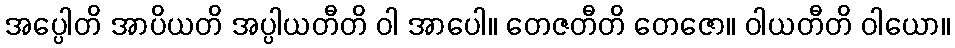
အပ္ပေါတိ အာပိယတိ အပ္ပါယတီတိ ဝါ အာပေါ။ တေဇတီတိ တေဇော။ ဝါယတီတိ ဝါယော။